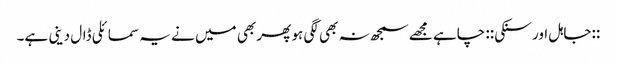
::جاہل اور سنکی:: چاہے مجھے سمجھ نہ بھی لگی ہو پھر بھی میں نے یہ سمائلی ڈال دینی ہے۔